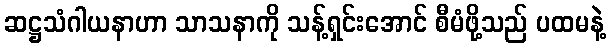
ဆဋ္ဌသံဂါယနာဟာ သာသနာကို သန့်ရှင်းအောင် စီမံဖို့သည် ပထမနဲ့